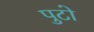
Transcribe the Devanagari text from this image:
पुटो